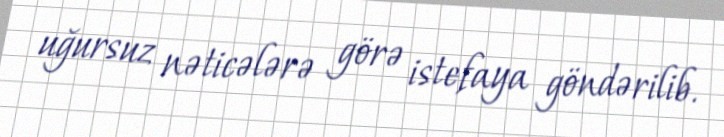
uğursuz nəticələrə görə istefaya göndərilib.